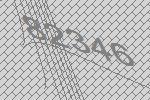
82346